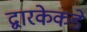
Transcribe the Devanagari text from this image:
द्वारकेकडे